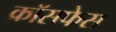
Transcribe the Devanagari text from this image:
क्रॉसफेस